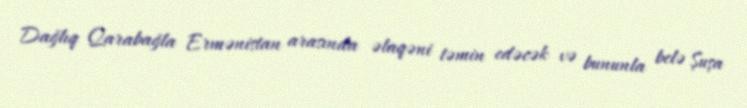
Dağlıq Qarabağla Ermənistan arasında əlaqəni təmin edəcək və bununla belə Şuşa